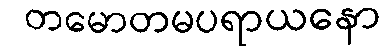
တမောတမပရာယနော